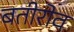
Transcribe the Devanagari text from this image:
बतीरोव